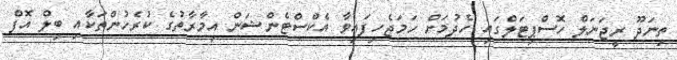
ތިނަދޫ ރީޖަނަލް ހޮސްޕިޓަލްގައި ހެދުމަށް ހަމަޖެހިފައިވާ އެކްސްޓެންޝަން އިމާރާތުގެ ކުރެހުންތަކާއި ބިލް އޮފް